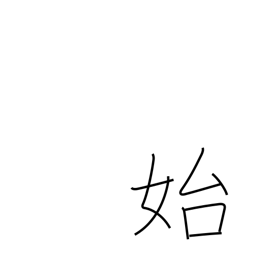
Meaning: begin